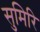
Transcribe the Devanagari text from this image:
सुमिरि